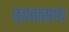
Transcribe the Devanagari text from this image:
व्यवासाय